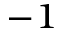
^ { - 1 }